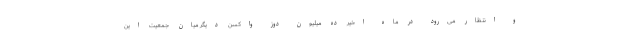
و انتظار می‌رود در ماه اخیر ده میلیون دوز واکسن دیگر میان جمعیت این